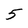
Character: 5